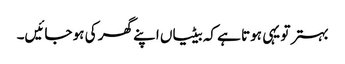
بہتر تو یہی ہوتا ہے کہ بیٹیاں اپنے گھر کی ہو جائیں۔